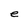
Character: e